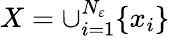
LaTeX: X=\cup_{i=1}^{N_{\varepsilon}}\{ x_{i}\}